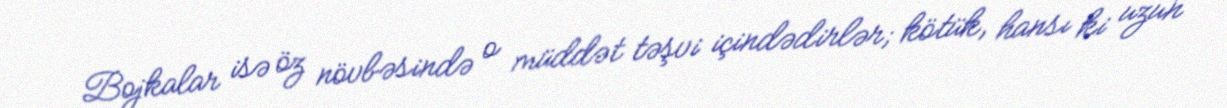
Bojkalar isə öz növbəsində o müddət təşvi içindədirlər; kötük, hansı ki uzun